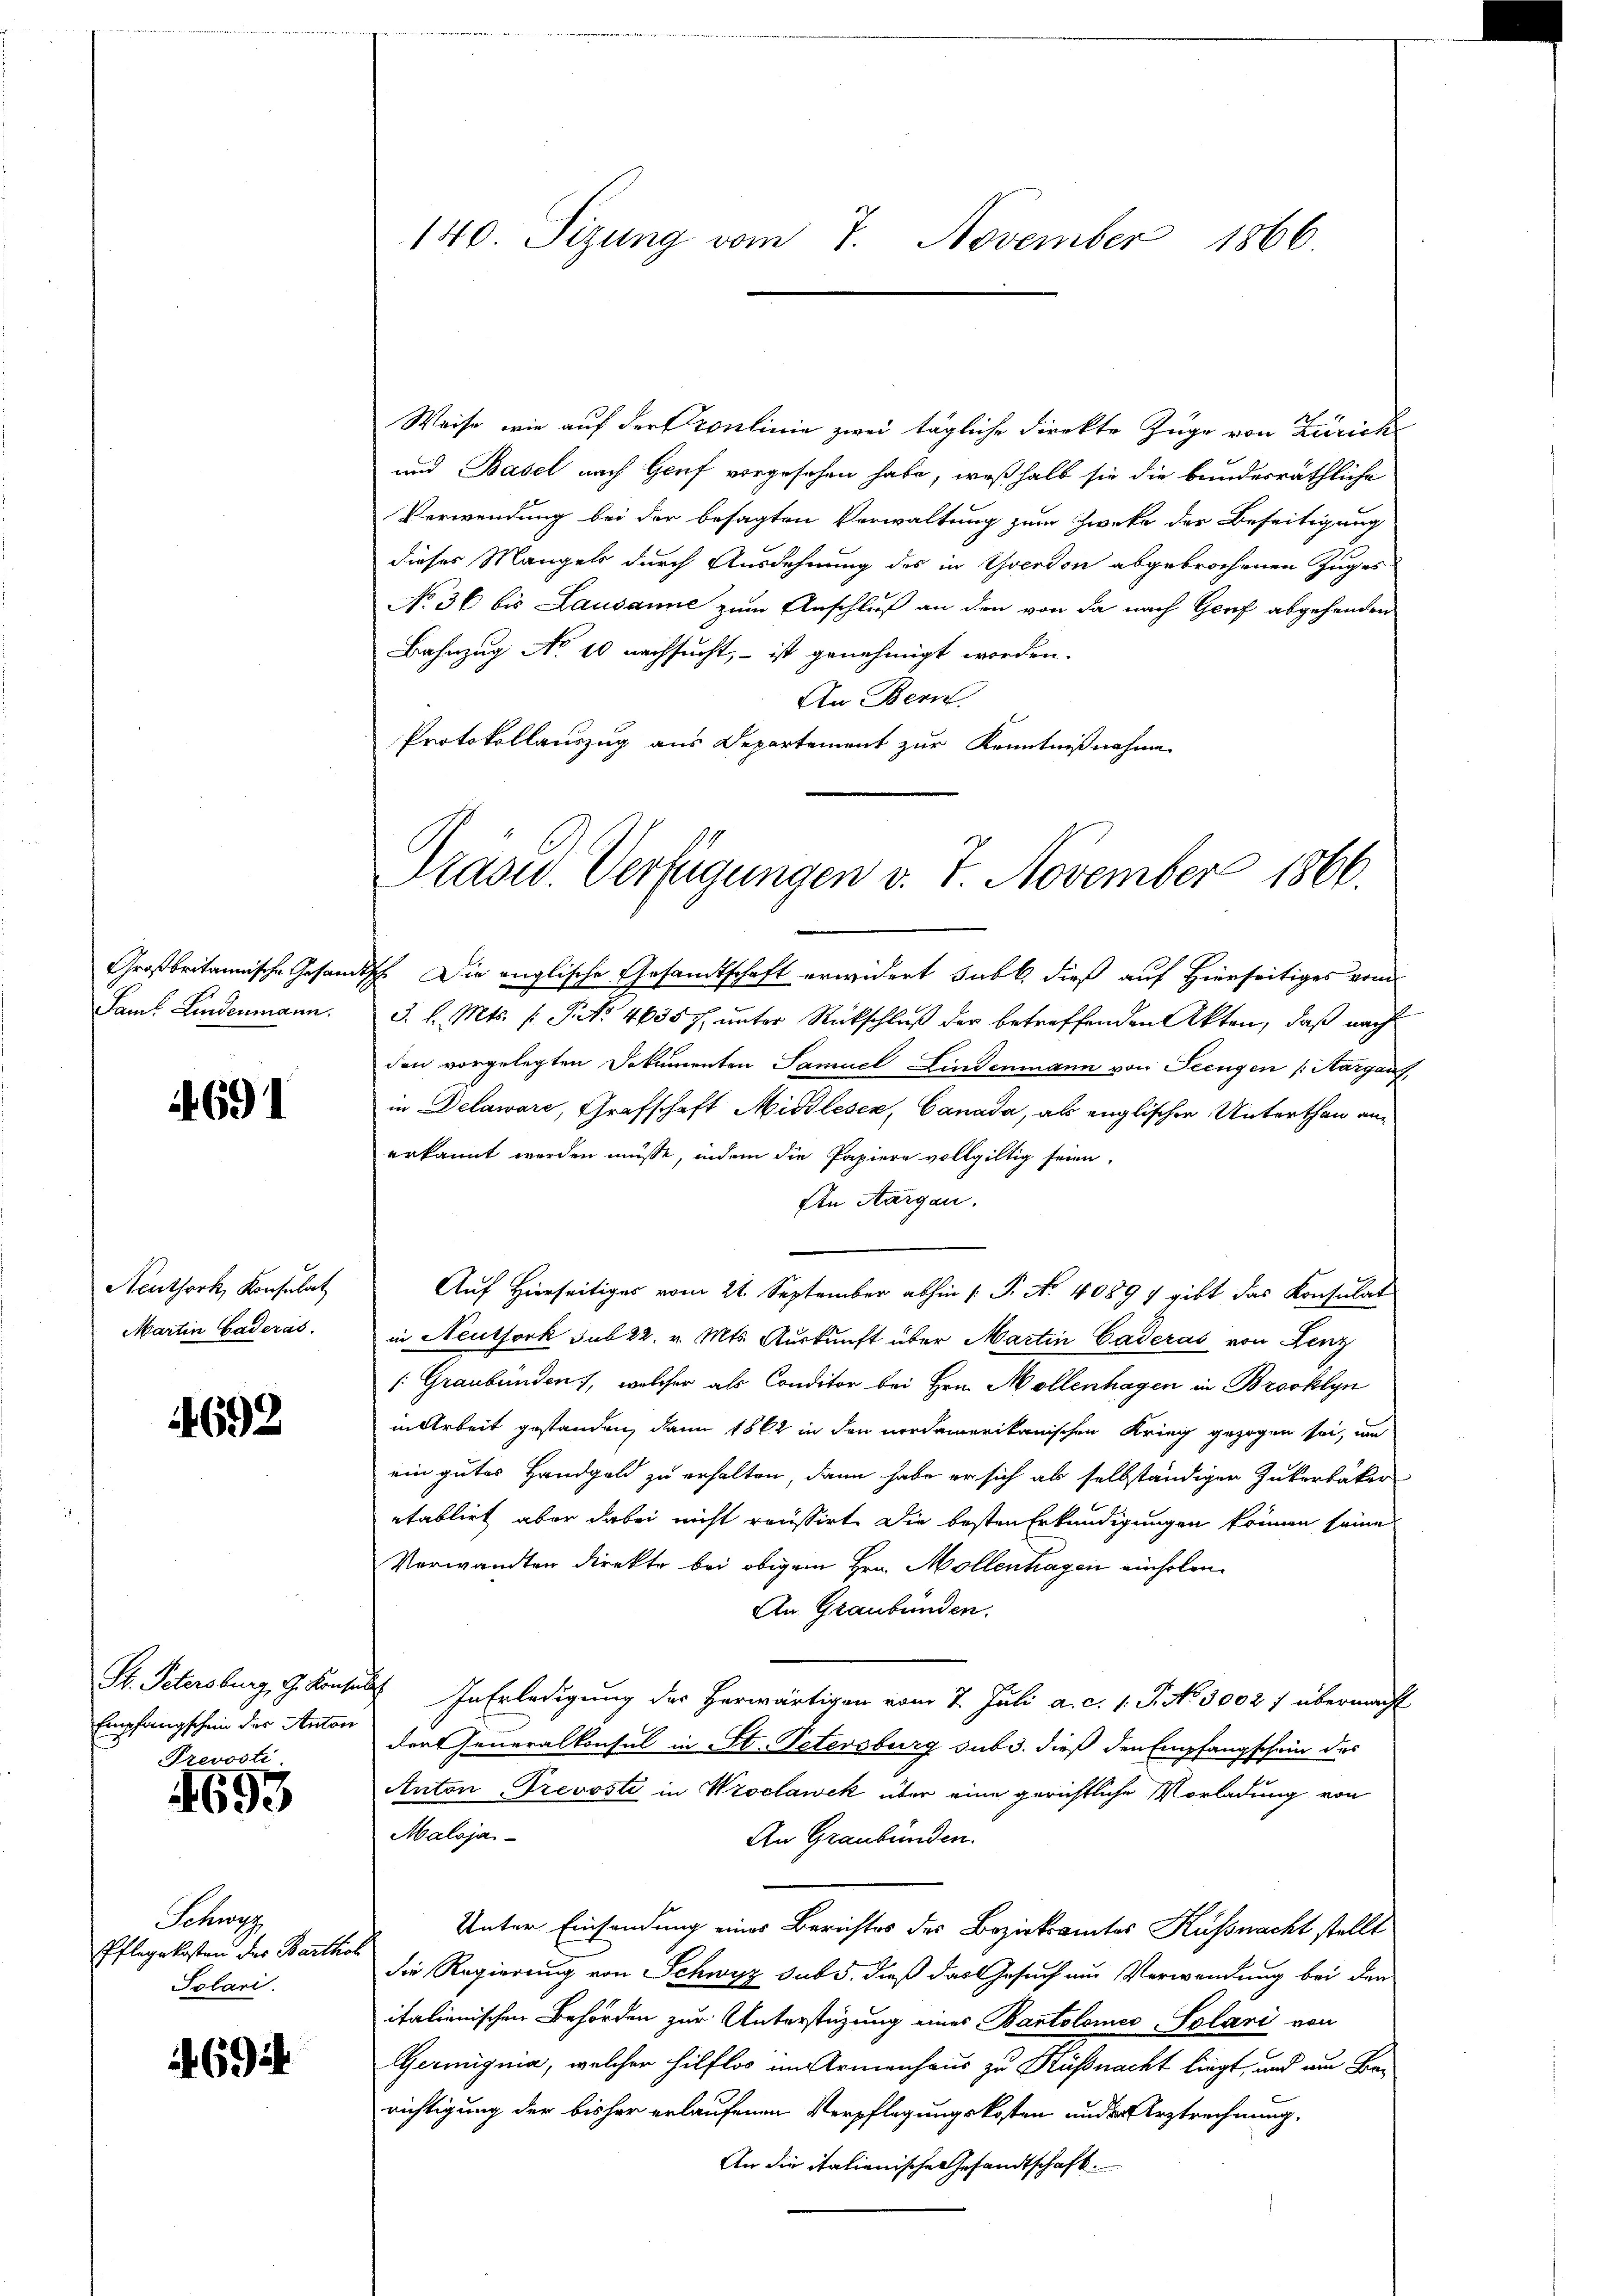
Großbritannische Gesamt
Samt Kindenmann.

4691

Neuthork, Konsulat
Martin Gaderas.

4692

St. Petersburg, G. Konsul
Empfangschein des Anton
Prevosti

4693

Schwe
Pflegekosten der Barthol
Solari.

694

Weise, wie auf der Fronlinie zwei tägliche Direkte Zuge von Zürich
und Basel nach Genf vorgesehen habe, weßhalb sie die bundesräthliche
Verwendung bei der besagten Verwaltung zum Zweke der Beseitigung
dieses Mangels durch Ausdehnung des in Yverdon abgebrochenen Zuges
No 36 bis Lausanne zum Anschluß an den von da nach Genf abgehenden
Bahnzug No 10 nachsucht, – ist genehmigt worden.
An Bern
Protokollauszug aus Departement zur Kenntnißnahme

140. Sizung vom 7. November 1866

Trasu Verfügungen v. 7. November 1866.

ch. Die englische Gesandtschaft erwidert subt. dieß auf Hierseitiges vom
J. l. Mts. (: St. 46357, unter Rückschluß der betreffenden Akten, daß nach
den vorgelegten Dokumenten Samuel Lindenmann von Seengen (Aargaus
in Delaware, Grafschaft Middlesen, Canada, als englischen Unterthan an-
erkannt werden müsse, indem die Papiere vollgültig seien.
An Aargau.
Auf Hierseitiges vom 21. September abhin ( P. No 40899 gibt das Konsulat
in Neutfork sub 22. v. Mts. Auskunft über Martin Caderas von Lenz
[Graubünden, welcher als Conditor bei Hrn. Mollenhagen in Brooklyn
in Arbeit gestanden, dann 1862 in den nordamerikanischen Krieg gezogen sei, um
ein gutes Handgeld zu erhalten, dann habe er sich als selbständiger Zukerbäker
etablirt aber dabei nicht reussirt. Die besten Erkundigungen können seine
Verwandten direkte bei obigem Hrn. Möllenhagen einholen.
An Graubünden.
1. In Erledigung des herwärtigen vom 7. Juli a. c. 1. P. No 1002 7 übermacht
der Generalkonsul in St. Petersburg sub d. dieß den Empfangschein des
Anton Prevosti in Wroclawek über eine gerichtliche Vorladung von
Maloja¬
An Graubünden.
Unter Einsendung eines Berichtes des Bezirksamtes Küssnacht stellt
die Regierung von Schwyz sub 5. dieß das Gesuch um Verwendung bei den
italienischen Behörden zur Unterstüzung eines Bartolomer-Solari von
Germigma, welcher hilflos im Armenhaus zu Küßnacht liegt, und um Barichtigung der bisher erlaufenen Verpflegungskosten ander Arztrechnung.
An die italienische Gesandtschaft.